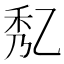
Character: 𠃯